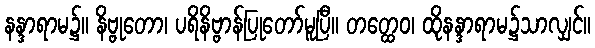
နန္ဒာရာမ၌။ နိဗ္ဗုတော၊ ပရိနိဗ္ဗာန်ပြုတော်မူပြီ။ တတ္ထေဝ၊ ထိုနန္ဒာရာမ၌သာလျှင်။